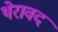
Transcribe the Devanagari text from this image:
थेरावद